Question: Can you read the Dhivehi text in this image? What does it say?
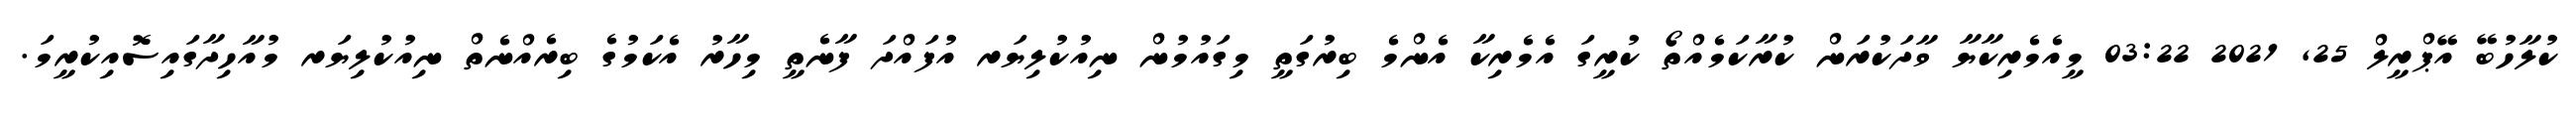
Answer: ކުލާހުބޭ އޭޕްރީލް 25, 2021 03:22 މީއެމެރިކާޔާ ވާދަކުރަން ކުރާކަމެއްތޯ ކުރީގަ އެމެރިކާ އެންމެ ބިރުގަތީ މިގައުމުން ނިއުކުލިޔަރ އުފައްދަ ފާނެތީ މިހާރު އެކަމުގެ ބިރެއްނެތް ނިއުކުލިޔަރ މުއާހިދާގައިސޮއިކުރީމަ.